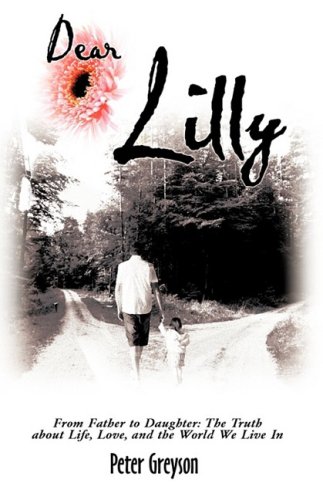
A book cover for Dear Lilly: From Father to Daughter: The Truth about Life, Love, and the World We Live in; Peter Greyson; Teen & Young Adult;